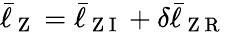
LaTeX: \bar{\ell}_{\mathrm{~Z~}}=\bar{\ell}_{\mathrm{~Z~I~}}+\delta\bar{\ell}_{\mathrm{~Z~R~}}